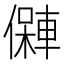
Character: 𱏘